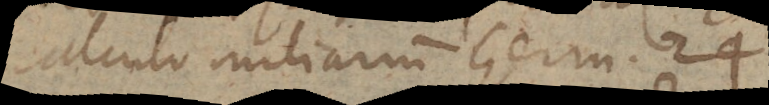
calculo miliarium Germ. 24.